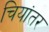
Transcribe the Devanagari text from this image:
चियांतर